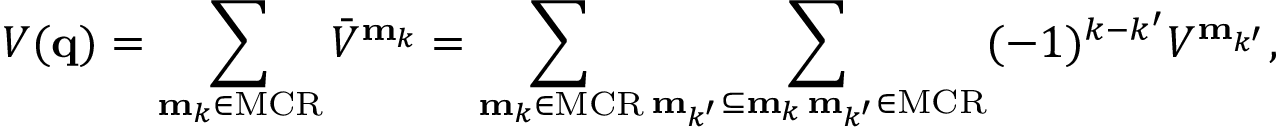
V ( \mathbf { q } ) = \sum _ { \mathbf { m } _ { k } \in \mathrm { M C R } } \bar { V } ^ { \mathbf { m } _ { k } } = \sum _ { \mathbf { m } _ { k } \in \mathrm { M C R } } \sum _ { \substack { \mathrm { \bf m } _ { k ^ { \prime } } \subseteq \mathrm { \bf m } _ { k } \, \mathrm { \bf m } _ { k ^ { \prime } } \in \mathrm { M C R } } } ( - 1 ) ^ { k - k ^ { \prime } } V ^ { \mathbf { m } _ { k ^ { \prime } } } ,